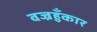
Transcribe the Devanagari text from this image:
वज्रहुँकार